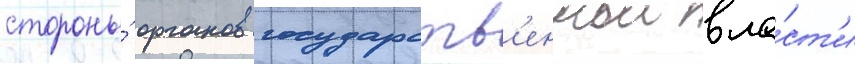
стороны́ органов государств'еннои вла́ст'и